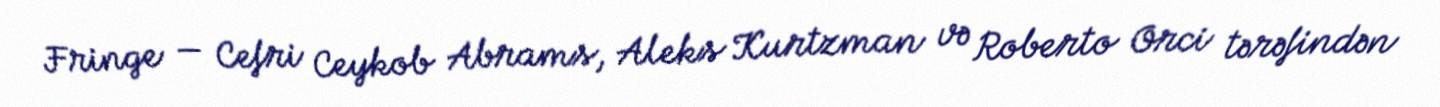
Fringe — Cefri Ceykob Abrams, Aleks Kurtzman və Roberto Orci tərəfindən